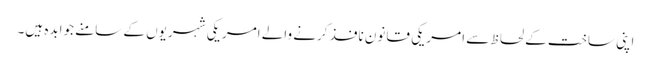
اپنی ساخت کے لحاظ سے امریکی قانون نافذ کرنے والے امریکی شہریوں کے سامنے جوابدہ ہیں۔